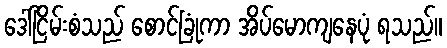
ဒေါ်ငြိမ်းစံသည် စောင်ခြုံကာ အိပ်မောကျနေပုံ ရသည်။